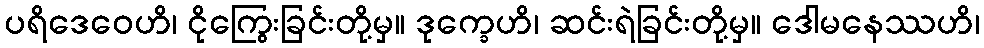
ပရိဒေဝေဟိ၊ ငိုကြွေးခြင်းတို့မှ။ ဒုက္ခေဟိ၊ ဆင်းရဲခြင်းတို့မှ။ ဒေါမနေဿဟိ၊